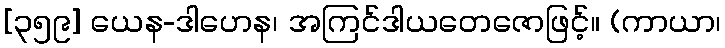
[၃၅၉] ယေန-ဒါဟေန၊ အကြင်ဒါယတေဇောဖြင့်။ (ကာယာ၊